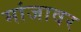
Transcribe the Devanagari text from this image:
मांजावर